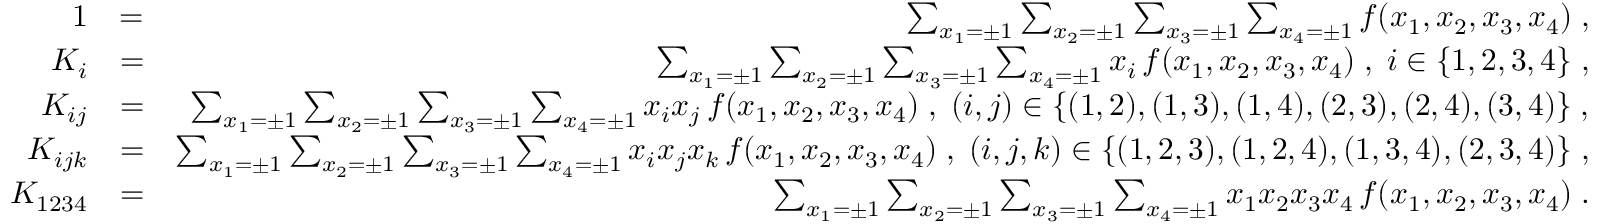
\begin{array} { r l r } { 1 } & { = } & { \sum _ { x _ { 1 } = \pm 1 } \sum _ { x _ { 2 } = \pm 1 } \sum _ { x _ { 3 } = \pm 1 } \sum _ { x _ { 4 } = \pm 1 } f ( x _ { 1 } , x _ { 2 } , x _ { 3 } , x _ { 4 } ) \; , } \\ { K _ { i } } & { = } & { \sum _ { x _ { 1 } = \pm 1 } \sum _ { x _ { 2 } = \pm 1 } \sum _ { x _ { 3 } = \pm 1 } \sum _ { x _ { 4 } = \pm 1 } x _ { i } \, f ( x _ { 1 } , x _ { 2 } , x _ { 3 } , x _ { 4 } ) \; , \; i \in \{ 1 , 2 , 3 , 4 \} \; , } \\ { K _ { i j } } & { = } & { \sum _ { x _ { 1 } = \pm 1 } \sum _ { x _ { 2 } = \pm 1 } \sum _ { x _ { 3 } = \pm 1 } \sum _ { x _ { 4 } = \pm 1 } x _ { i } x _ { j } \, f ( x _ { 1 } , x _ { 2 } , x _ { 3 } , x _ { 4 } ) \; , \; ( i , j ) \in \{ ( 1 , 2 ) , ( 1 , 3 ) , ( 1 , 4 ) , ( 2 , 3 ) , ( 2 , 4 ) , ( 3 , 4 ) \} \; , } \\ { K _ { i j k } } & { = } & { \sum _ { x _ { 1 } = \pm 1 } \sum _ { x _ { 2 } = \pm 1 } \sum _ { x _ { 3 } = \pm 1 } \sum _ { x _ { 4 } = \pm 1 } x _ { i } x _ { j } x _ { k } \, f ( x _ { 1 } , x _ { 2 } , x _ { 3 } , x _ { 4 } ) \; , \; ( i , j , k ) \in \{ ( 1 , 2 , 3 ) , ( 1 , 2 , 4 ) , ( 1 , 3 , 4 ) , ( 2 , 3 , 4 ) \} \; , } \\ { K _ { 1 2 3 4 } } & { = } & { \sum _ { x _ { 1 } = \pm 1 } \sum _ { x _ { 2 } = \pm 1 } \sum _ { x _ { 3 } = \pm 1 } \sum _ { x _ { 4 } = \pm 1 } x _ { 1 } x _ { 2 } x _ { 3 } x _ { 4 } \, f ( x _ { 1 } , x _ { 2 } , x _ { 3 } , x _ { 4 } ) \; . } \end{array}